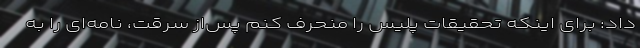
داد: برای اینکه تحقیقات پلیس را منحرف کنم پس‌از سرقت، نامه‌ای را به